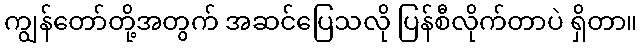
ကျွန်တော်တို့အတွက် အဆင်ပြေသလို ပြန်စီလိုက်တာပဲ ရှိတာ။